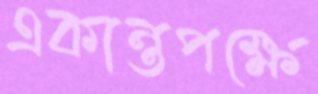
একান্তপক্ষে